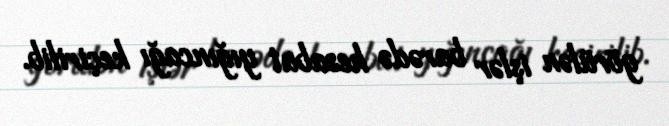
görülən işlər barədə hesabat yığıncağı keçirilib.